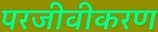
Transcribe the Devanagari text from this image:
परजीवीकरण